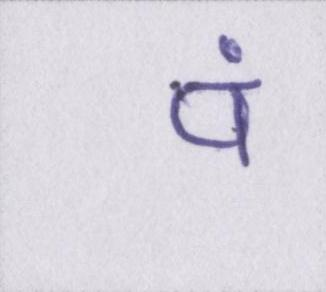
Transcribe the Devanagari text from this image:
पं